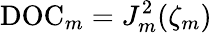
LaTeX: \mathrm{DOC}_{m}=J_{m}^{2}(\zeta_{m})